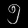
Digit: ၅